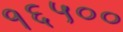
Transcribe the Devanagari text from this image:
१६५००